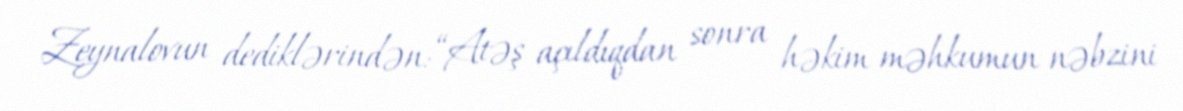
Zeynalovun dediklərindən: “Atəş açıldıqdan sonra həkim məhkumun nəbzini